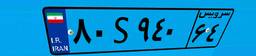
۳۷S۷۰۵۰۰